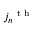
{ j _ { n } } ^ { \textrm { t h } }